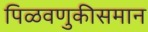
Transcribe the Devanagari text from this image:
पिळवणुकीसमान